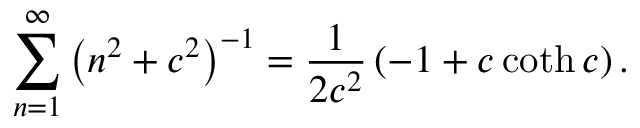
\sum _ { n = 1 } ^ { \infty } \left( n ^ { 2 } + c ^ { 2 } \right) ^ { - 1 } = \frac { 1 } { 2 c ^ { 2 } } \left( - 1 + c \coth c \right) .